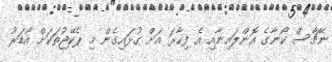
ނޭޗާސް ކޯނާގެ އޮންލައިނާއި އެ ފިހާރަ އަށް ގުޅައިގެން މި ޕެކޭޖުތަކަށް އޯޑަރު